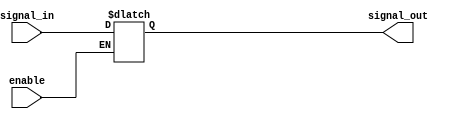
module buffer_with_enable (
    input signal_in,
    input enable,
    output reg signal_out
);

always @ (signal_in, enable)
begin
    if (enable)
        signal_out <= signal_in;
end

endmodule